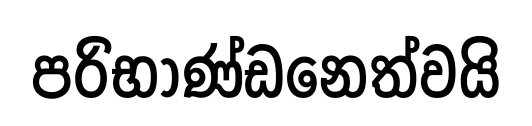
පරිභාණ්ඩනෙත්වයි